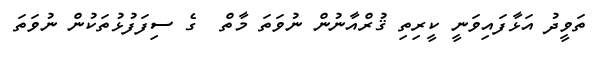
ތަވީދު އަޅާފައިވަނީ ކީރިތި ޤުރްއާނުން ނުވަތަ މާތް  ގެ ސިފަފުޅުތަކުން ނުވަތަ